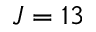
J = 1 3